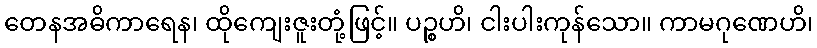
တေနအဓိကာရေန၊ ထိုကျေးဇူးတုံ့ဖြင့်။ ပဉ္စဟိ၊ ငါးပါးကုန်သော။ ကာမဂုဏေဟိ၊